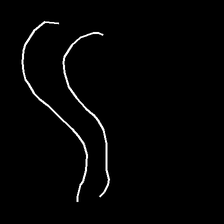
Glyph: float